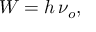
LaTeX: W = h \, \nu _ { o } ,